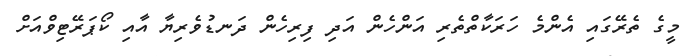
މީގެ ތެރޭގައި އެންމެ ހަރަކާތްތެރި އަންހެން އަދި ފިރިހެން ދަނޑުވެރިޔާ އާއި ކޯޕަރޭޓިވްއަށް